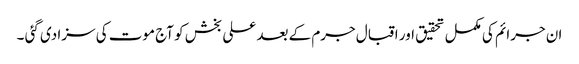
ان جرائم کی مکمل تحقیق اور اقبال جرم کے بعد علی بخش کو آج موت کی سزا دی گئی ۔